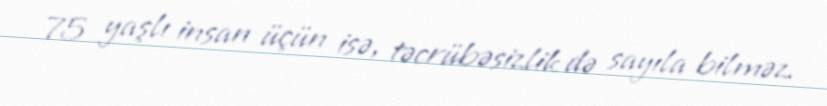
75 yaşlı insan üçün isə, təcrübəsizlik də sayıla bilməz.